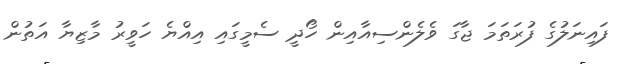
ފައިނަލުގެ ފުރަތަމަ ޖާގަ ވެލެންސިއާއިން ހޯދީ ސެމީގައި އިއްޔެ ހަވީރު މާޒިޔާ އަތުން